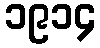
၁၉၁၄